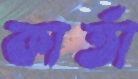
কার্তা